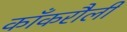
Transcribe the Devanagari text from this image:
काँकरौली